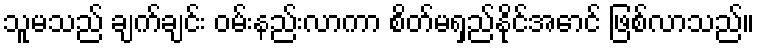
သူမသည် ချက်ချင်း ဝမ်းနည်းလာကာ စိတ်မရှည်နိုင်အောင် ဖြစ်လာသည်။